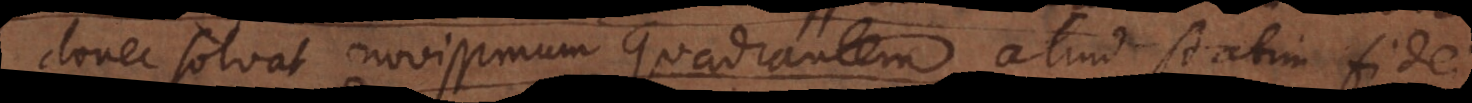
solvat novissimum quadrantem, aliud statim fidei